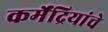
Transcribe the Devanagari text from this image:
कर्मेंद्रियांचे